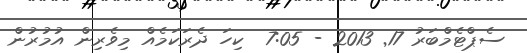
ސެޕްޓެމްބަރު 17